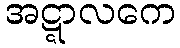
အဋ္ဋာလကေ